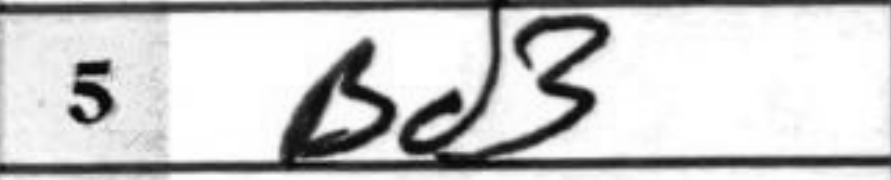
Transcription: Bd3